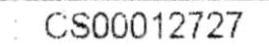
CS00012727